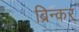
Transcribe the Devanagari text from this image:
ब्रिन्कर